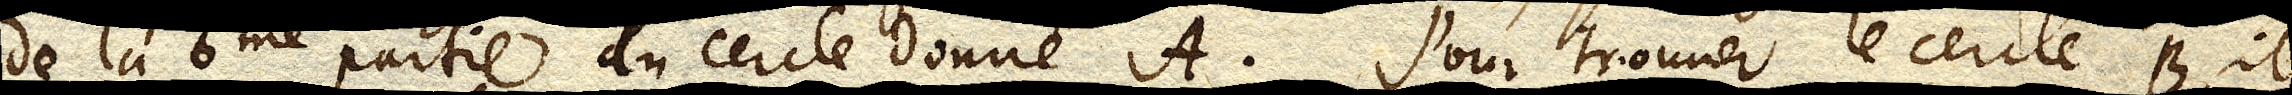
de la 6me partie du cercle donné A. Pour trouuer le cercle B, il